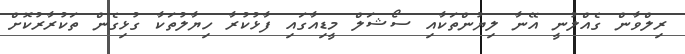
ރިލްވާން ގެއްލުނީ އޭނާ ލިޔުންތަކާއި ސޯޝަލް މީޑިއާގައި ފާޅުކުރާ ހިޔާލުތަކާ ގުޅިގެން ތަކުރާރުކޮށް